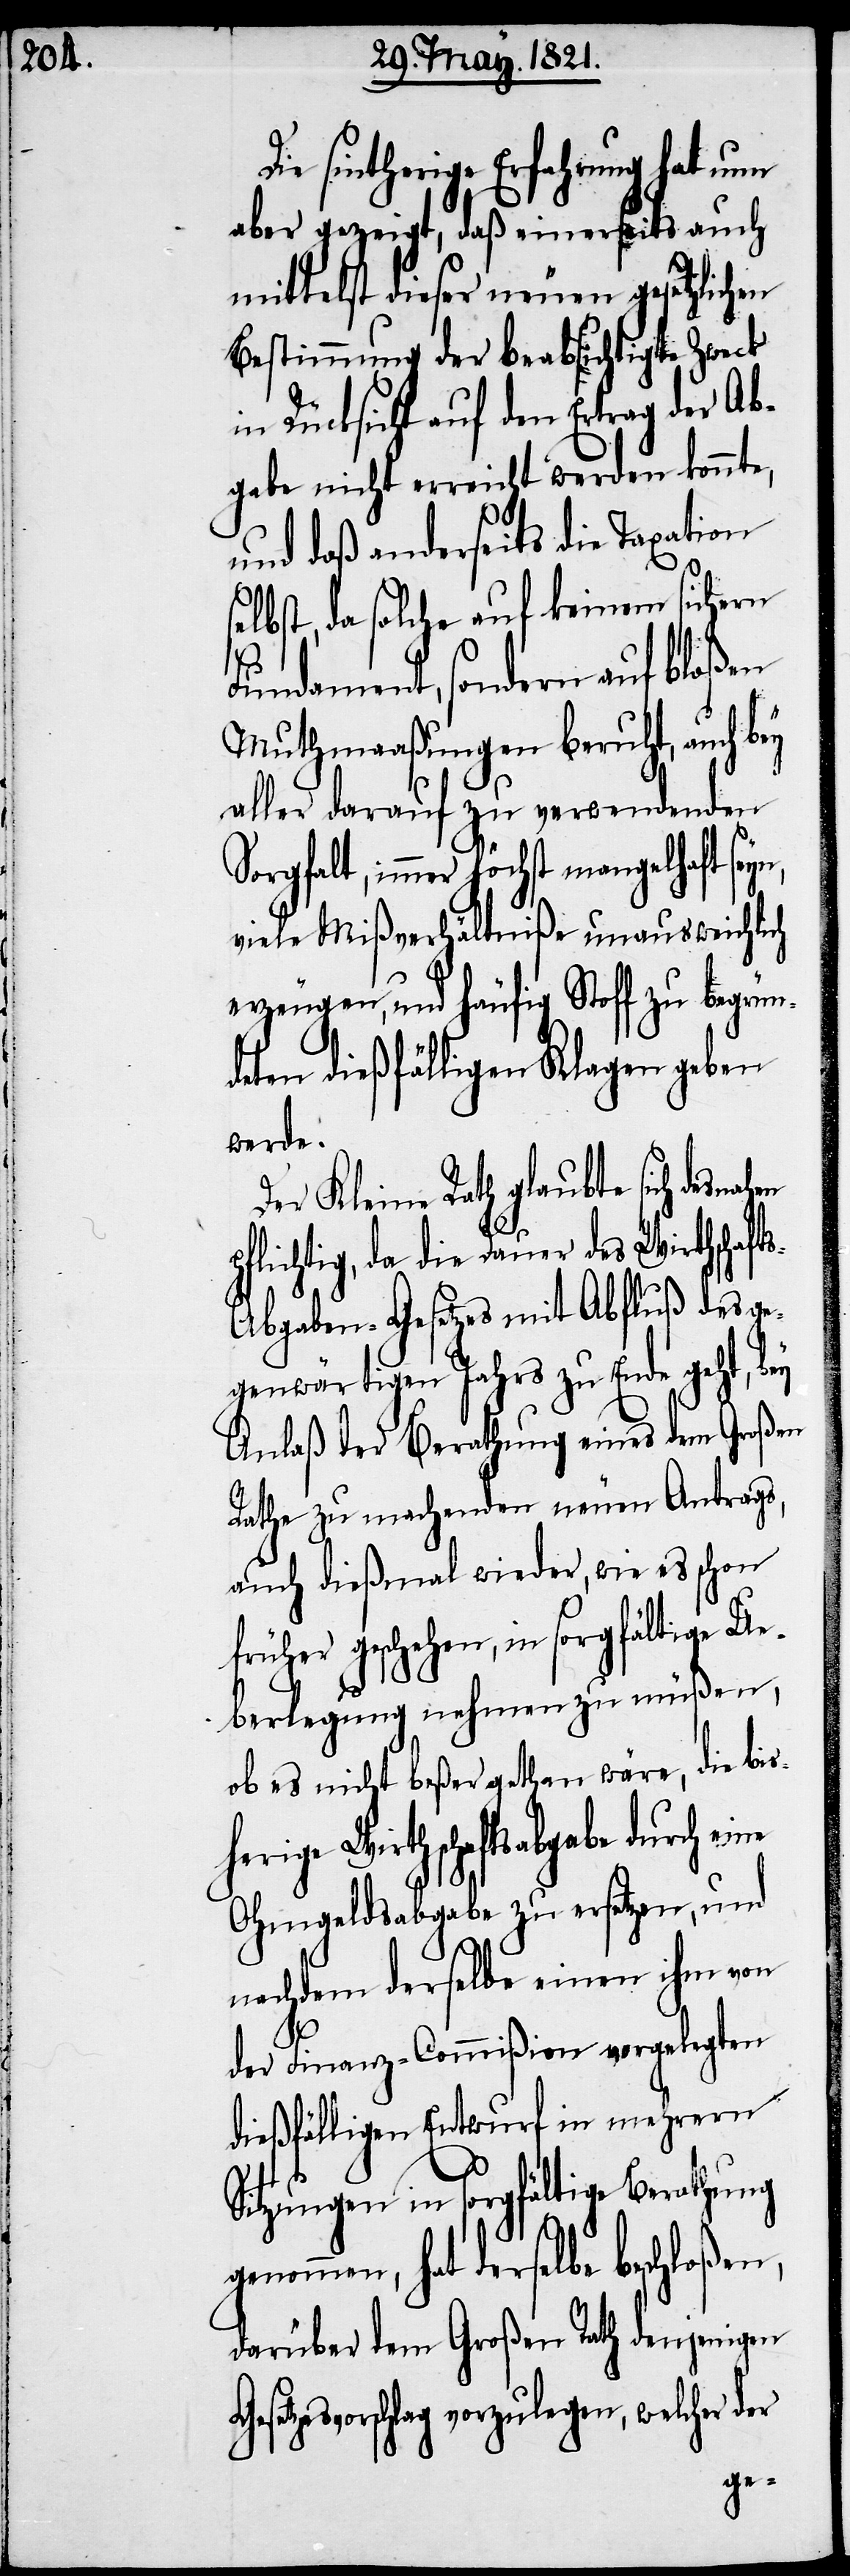
Die sintherige Erfahrung hat nun
aber gezeigt, daß einerseits auch
mittels dieser neuen gesetzlichen
Bestimmung der beabsichtigte Zweck
Rücksicht auf den Ertrag der A¬
bgabe nicht erreicht werden konnte,
und daß anderseits die Taxation
selbst, da solche auf keinem sichern
Fundament, sondern auf bloßen
Muthmaaßungen beruht, auch bey
aller darauf zu verwendenden
Sorgfalt, immer höchst mangelhaft
viele Mißverhältniße unausweichlich
erzeugen, und häufig Stoff zu begrün¬
deten dießfälligen Klagen geben
werde.
Der Kleine Rath glaubte sich desna¬
flichtig, da die Dauer des Wirthschaft¬
s-Abgaben-Gesetzes mit Abfluß des ge¬
genwärtigen Jahres zu Ende geht, bey
Anlaß der Berathung eines dem Großen
Rathe zu machenden neuen Antrags,
auch dießmal wieder, wie es schon
früher geschehen, in sorgfältige Ue¬
berlegung nehmen zu müßen,
ob es nicht beßer gethan wäre, die bis¬
rige Wirthschaftsabgabe durch
Ohmgeldsabgabe zu ersetzen, und
nachdem derselbe einen ihm von
der Finanz-Commißion vorgelegten
dießfälligen Entwurf in mehrern
Sitzungen in sorgfältige Berathung
genommen, hat derselbe beschloßen,
darüber dem Großen Rath denjenigen
setzesvorschlag vorzulegen, welcher der
Ge¬